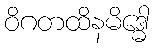
ဝိဂတထိနမိဒ္ဓေါ